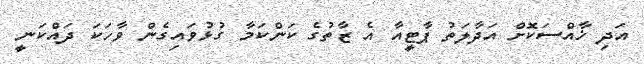
އަދި ޚާއްސަކޮށް އަދާލަތު ޕާޓީއާ އެ ޒާތުގެ ކަންކަމާ ގުޅުވައިގެން ވާހަކަ ދައްކަނީ